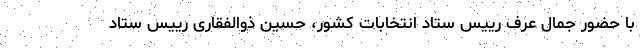
با حضور جمال عرف رییس ستاد انتخابات کشور، حسین ذوالفقاری رییس ستاد